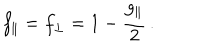
f _ { \parallel } = f _ { \perp } = 1 - \frac { g _ { \parallel } } { 2 } \, .